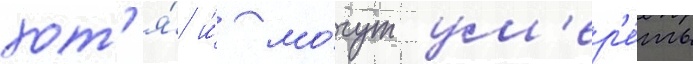
хот'я́ и́ мо́гут ум'ер'е́ть